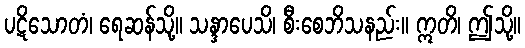
ပဋိသောတံ၊ ရေဆန်သို့။ သန္ဒာပေသိ၊ စီးစေဘိသနည်း။ ဣတိ၊ ဤသို့။